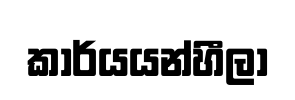
කාර්යයන්හීලා